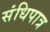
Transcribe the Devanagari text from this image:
संधिपात्र